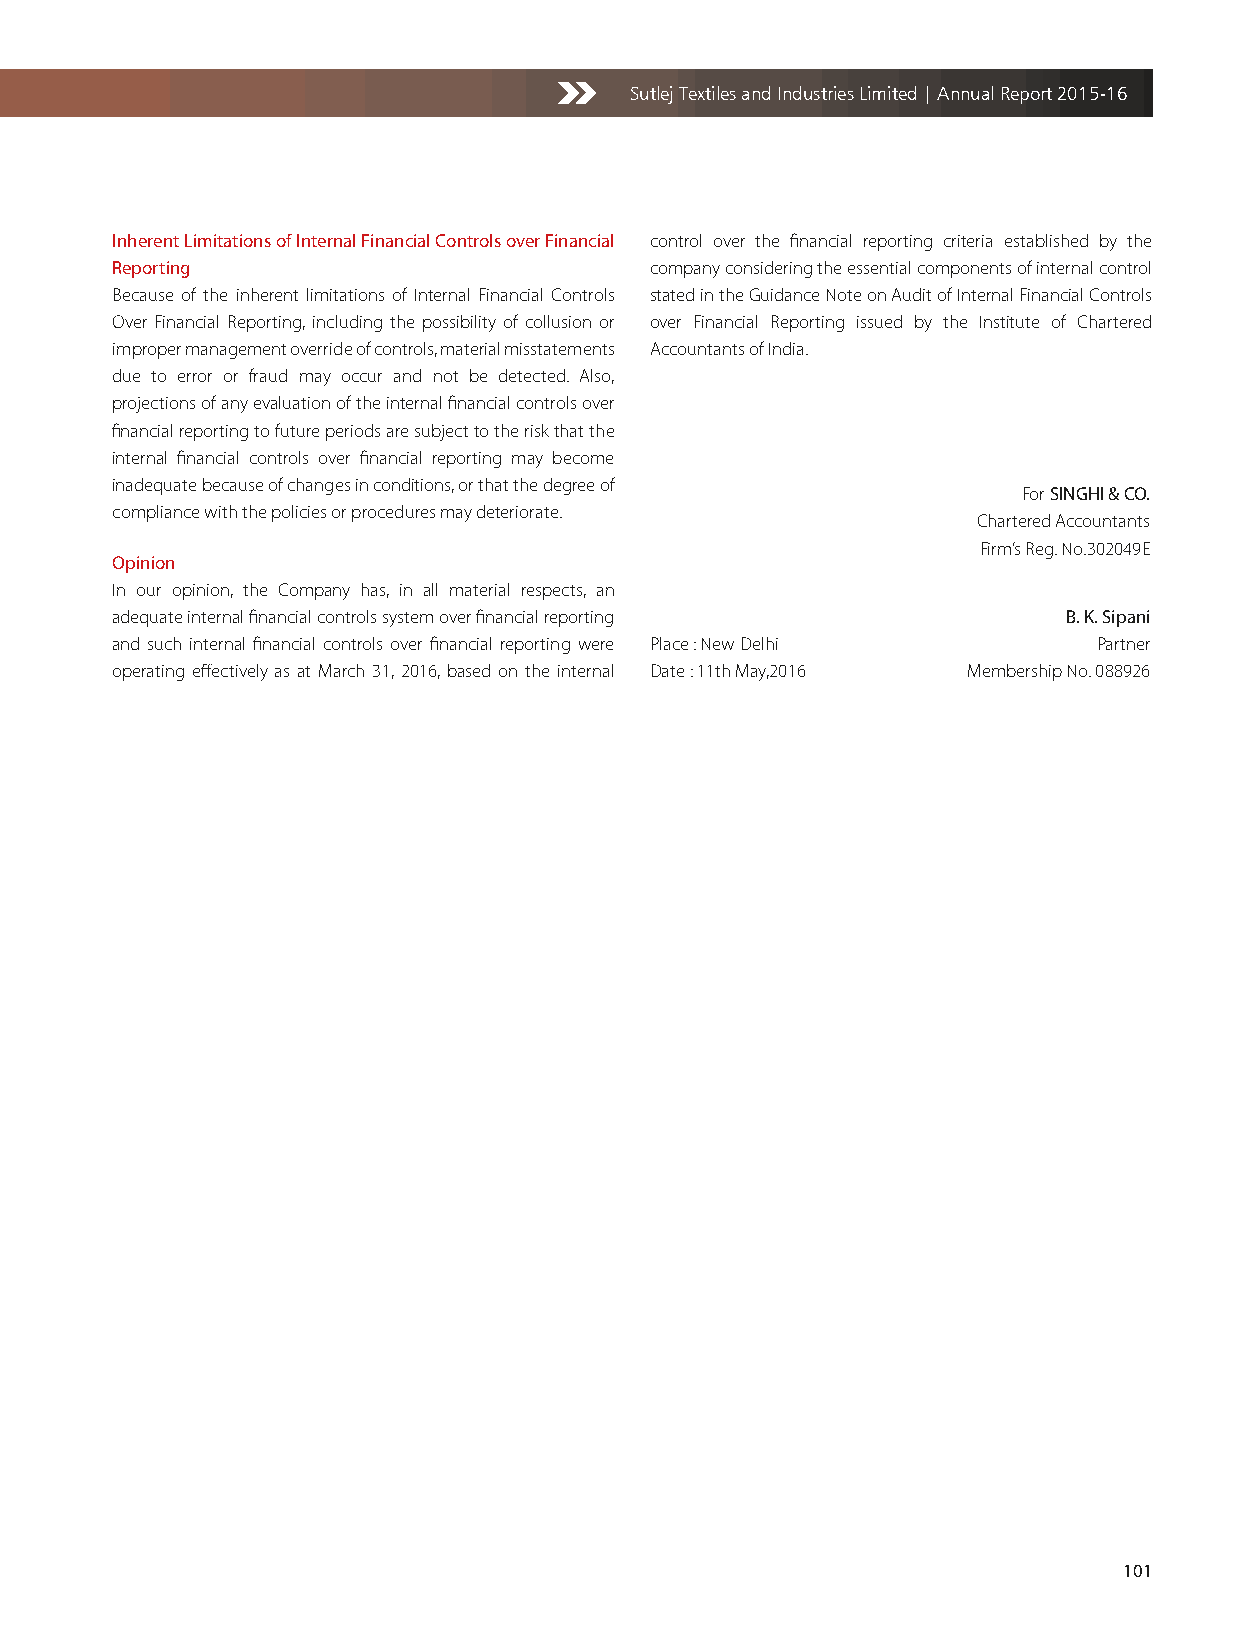
Sutlej Textiles and Industries Limited | Annual Report 2015-16
 Inherent Limitations of Internal Financial Controls over Financial control over the financial reporting criteria established by the
 Reporting                           company considering the essential components of internal control
 Because of the inherent limitations of Internal Financial Controls stated in the Guidance Note on Audit of Internal Financial Controls
 Over Financial Reporting, including the possibility of collusion or over Financial Reporting issued by the Institute of Chartered
 improper management override of controls, material misstatements Accountants of India.
 due to error or fraud may occur and not be detected. Also,
 projections of any evaluation of the internal financial controls over
 financial reporting to future periods are subject to the risk that the
 internal financial controls over financial reporting may become
 inadequate because of changes in conditions, or that the degree of
 For SINGHI & CO.
 compliance with the policies or procedures may deteriorate.
 Chartered Accountants
 Firm’s Reg. No.302049E
 Opinion
 In our opinion, the Company has, in all material respects, an
 adequate internal financial controls system over financial reporting B. K. Sipani
 and such internal financial controls over financial reporting were Place : New Delhi Partner
 operating effectively as at March 31, 2016, based on the internal Date : 11th May,2016 Membership No. 088926
 101